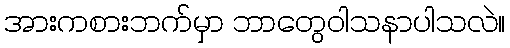
အားကစားဘက်မှာ ဘာတွေဝါသနာပါသလဲ။